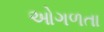
ઓગળતા